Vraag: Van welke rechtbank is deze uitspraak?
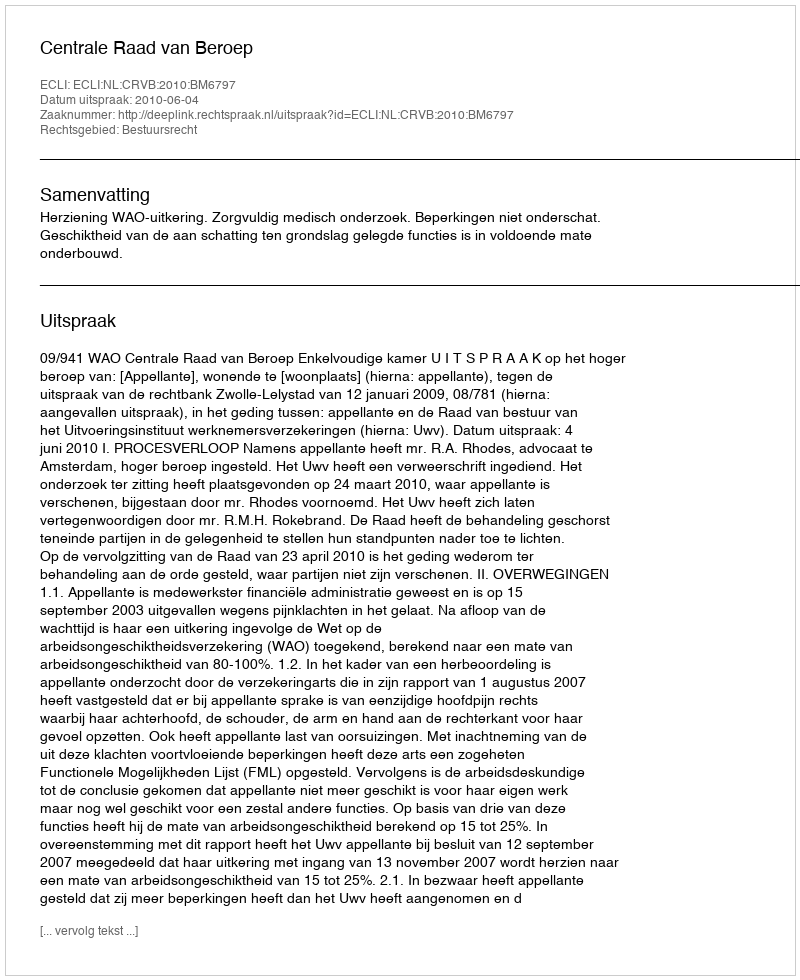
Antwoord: Centrale Raad van Beroep